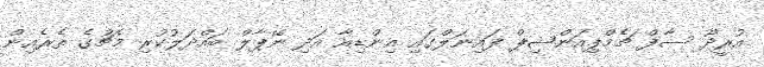
އުރީދޫ ސާފް ޗެމްޕިއަންޝިޕް ފައިނަލްގައި އިންޑިއާ އަދި ނޭޕާލް ބައްދަލުކުރި މެޗުގެ ތެރެއިން